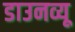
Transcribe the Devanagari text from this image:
डाउनव्यू